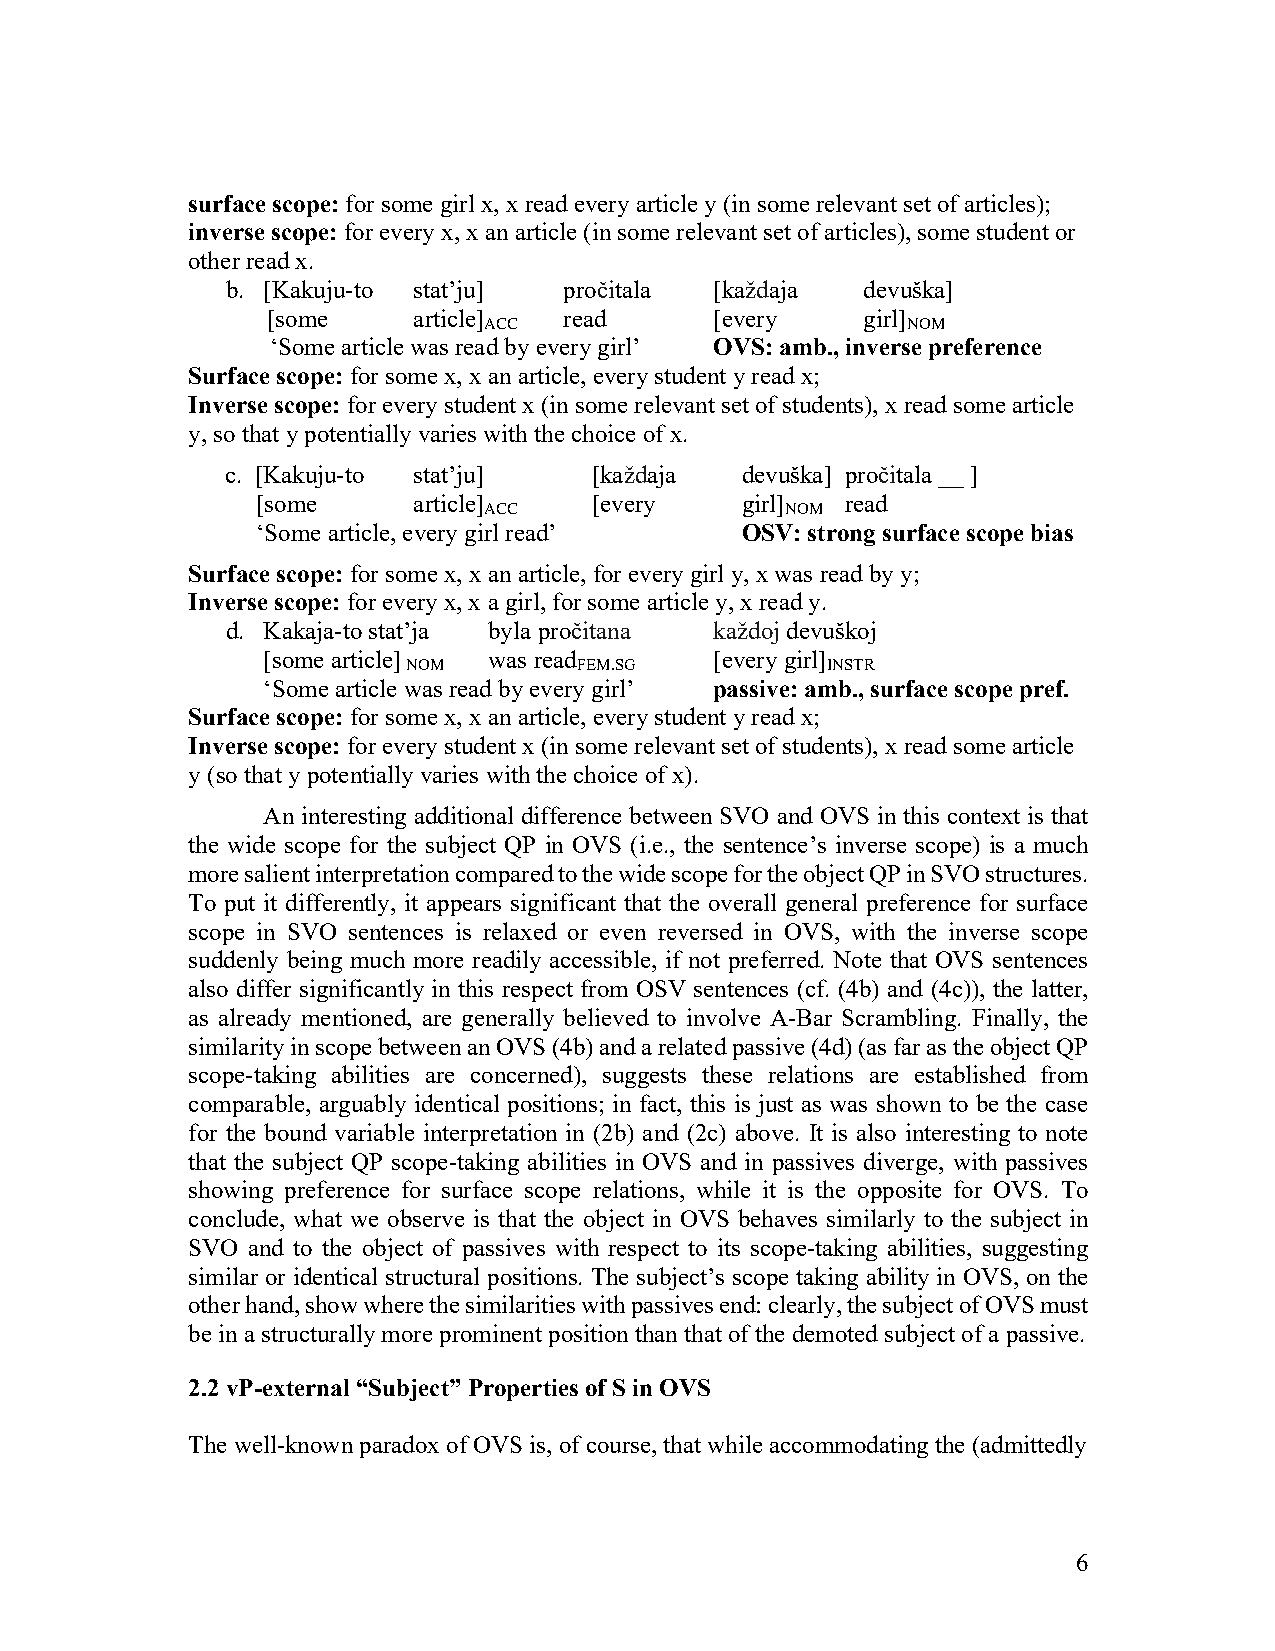
surface scope: for some girl x, x read every article y (in some relevant set of articles);
 inverse scope: for every x, x an article (in some relevant set of articles), some student or
 other read x.
 b. [Kakuju-to stat’ju] pročitala [každaja devuška]
 [some    article]
 ACC
 read      [every    girl]
 NOM
 ‘Some article was read by every girl’ OVS: amb., inverse preference
 Surface scope: for some x, x an article, every student y read x;
 Inverse scope: for every student x (in some relevant set of students), x read some article
 y, so that y potentially varies with the choice of x.
 c. [Kakuju-to stat’ju]  [každaja  devuška] pročitala __ ]
 [some     article]    [every    girl]  read
 ACC                 NOM
 ‘Some article, every girl read’ OSV: strong surface scope bias
 Surface scope: for some x, x an article, for every girl y, x was read by y;
 Inverse scope: for every x, x a girl, for some article y, x read y.
 d. Kakaja-to stat’ja byla pročitana každoj devuškoj
 [some article] was read       [every girl]
 NOM        FEM.SG           INSTR
 ‘Some article was read by every girl’ passive: amb., surface scope pref.
 Surface scope: for some x, x an article, every student y read x;
 Inverse scope: for every student x (in some relevant set of students), x read some article
 y (so that y potentially varies with the choice of x).
 An interesting additional difference between SVO and OVS in this context is that
 the wide scope for the subject QP in OVS (i.e., the sentence’s inverse scope) is a much
 more salient interpretation compared to the wide scope for the object QP in SVO structures.
 To put it differently, it appears significant that the overall general preference for surface
 scope in SVO sentences is relaxed or even reversed in OVS, with the inverse scope
 suddenly being much more readily accessible, if not preferred. Note that OVS sentences
 also differ significantly in this respect from OSV sentences (cf. (4b) and (4c)), the latter,
 as already mentioned, are generally believed to involve A-Bar Scrambling. Finally, the
 similarity in scope between an OVS (4b) and a related passive (4d) (as far as the object QP
 scope-taking abilities are concerned), suggests these relations are established from
 comparable, arguably identical positions; in fact, this is just as was shown to be the case
 for the bound variable interpretation in (2b) and (2c) above. It is also interesting to note
 that the subject QP scope-taking abilities in OVS and in passives diverge, with passives
 showing preference for surface scope relations, while it is the opposite for OVS. To
 conclude, what we observe is that the object in OVS behaves similarly to the subject in
 SVO and to the object of passives with respect to its scope-taking abilities, suggesting
 similar or identical structural positions. The subject’s scope taking ability in OVS, on the
 other hand, show where the similarities with passives end: clearly, the subject of OVS must
 be in a structurally more prominent position than that of the demoted subject of a passive.
 2.2 vP-external “Subject” Properties of S in OVS
 The well-known paradox of OVS is, of course, that while accommodating the (admittedly
 6